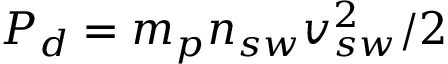
P _ { d } = m _ { p } n _ { s w } v _ { s w } ^ { 2 } / 2